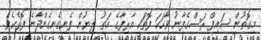
މިގޮތުން ސައިފް ރަސްގެފާނު ވާހަކަ ފޮތަކީ އާރިފާގެ އަތު ލިޔުން ފެނިގެނިގެންދާނެ ފޮތެކެވެ.